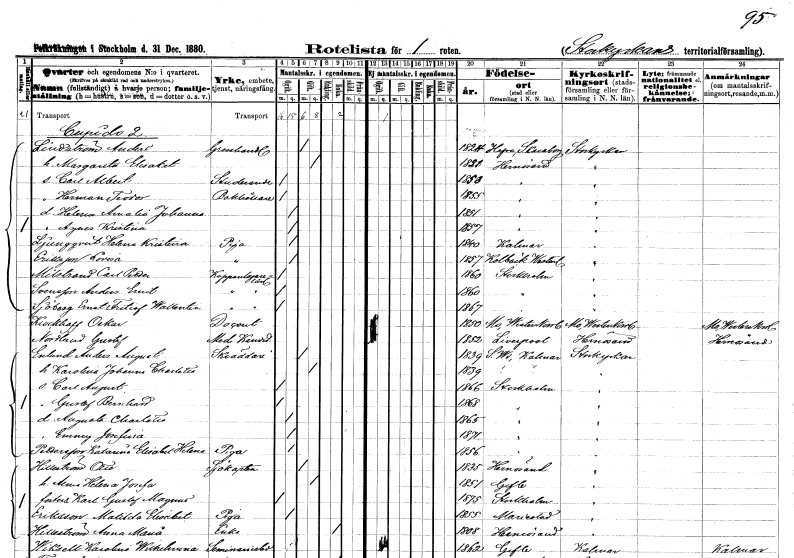
gt_parse: households: individuals: FN: Anders
EN: Lindström
YRKE: Grosshandlare
KON: M
CIV: G
FODAR: 1824
FODFORS: Hova Skaraborgs län
FN: Margareta Elisabet
KON: K
CIV: G
FODAR: 1821
FODFORS: Härnösand Västernorrlands län
FN: Carl Albert
YRKE: Studerande
KON: M
CIV: O
FODAR: 1853
FODFORS: Härnösand Västernorrlands län
FN: Herman Teodor
YRKE: Bokhållare
KON: M
CIV: O
FODAR: 1855
FODFORS: Härnösand Västernorrlands län
FN: Helena Amalia Johanna
KON: K
CIV: O
FODAR: 1851
FODFORS: Härnösand Västernorrlands län
FN: Agnes Kristina
KON: K
CIV: O
FODAR: 1857
FODFORS: Härnösand Västernorrlands län
FN: Helena Kristina
EN: Ljungqvist
YRKE: Piga
KON: K
CIV: O
FODAR: 1840
FODFORS: Kalmar Kalmar län
FN: Lovisa
EN: Eriksson
YRKE: Piga
KON: K
CIV: O
FODAR: 1857
FODFORS: Kolbäck Västmanlands län
FN: Carl Petter
EN: Milstrand
YRKE: Kopparslagarelärling
KON: M
CIV: O
FODAR: 1860
FODFORS: Stockholm
FN: Anders Emil
EN: Svensson
YRKE: Kopparslagarelärling
KON: M
CIV: O
FODAR: 1860
FODFORS: Stockholm
FN: Ernst Fritiof Wallentin
EN: Sjöberg
YRKE: Kopparslagarelärling
KON: M
CIV: O
FODAR: 1867
FODFORS: Stockholm
FN: Oskar
EN: Klockhoff
YRKE: Docent
KON: M
CIV: O
FODAR: 1850
FODFORS: Mo Västernorrlands län
FN: Gustaf
EN: Nordlund
YRKE: Medicine kandidat
KON: M
CIV: O
FODAR: 1852
FN: Anders August
EN: Enlund
YRKE: Skräddare
KON: M
CIV: G
FODAR: 1839
FODFORS: Södra Vi Kalmar län
FN: Karolina Johanna Charlotta
KON: K
CIV: G
FODAR: 1839
FODFORS: Södra Vi Kalmar län
FN: Carl August
KON: M
CIV: O
FODAR: 1866
FODFORS: Stockholm
FN: Gustaf Bernhard
KON: M
CIV: O
FODAR: 1868
FODFORS: Stockholm
FN: Augusta Charlotta
KON: K
CIV: O
FODAR: 1865
FODFORS: Stockholm
FN: Emmy Josefina
KON: K
CIV: O
FODAR: 1871
FODFORS: Stockholm
FN: Katarina Elisabet Helena
EN: Pettersson
YRKE: Piga
KON: K
CIV: O
FODAR: 1856
FODFORS: Stockholm
FN: Otto
EN: Hilleström
YRKE: Sjökapten
KON: M
CIV: G
FODAR: 1835
FODFORS: Härnösand Västernorrlands län
FN: Alma Helena Josefina
KON: K
CIV: G
FODAR: 1851
FODFORS: Gävle Gävleborgs län
FN: Karl Gustaf Magnus
KON: M
CIV: O
FODAR: 1875
FODFORS: Stockholm
FN: Matilda Elisabet
EN: Eriksson
YRKE: Piga
KON: K
CIV: O
FODAR: 1855
FODFORS: Mariestad Skaraborgs län
FN: Anna Maria
EN: Hilleström
YRKE: Änka
KON: K
CIV: E
FODAR: 1808
FODFORS: Härnösand Västernorrlands län